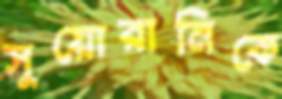
সুয়োরানিকে